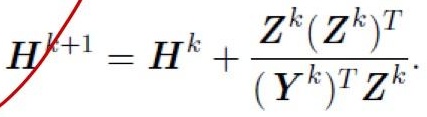
$H^{k+1}=H^{k}+\frac{Z^{k}(Z^{k})^{T}}{(Y^{k})^{T}Z^{k}}.$